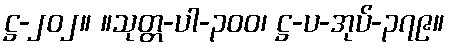
ဋ္ဌ-၂၀၂။ ။သုတ္တ-ပါ-၃၀၀၊ ဋ္ဌ-ပ-အုပ်-၃၇၉။